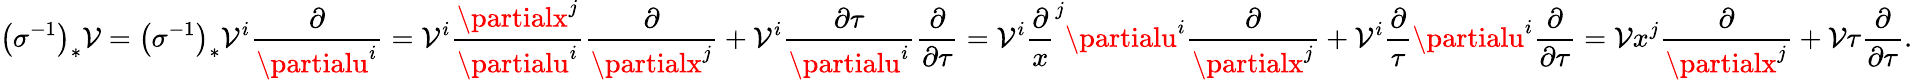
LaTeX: \left(\sigma^{-1}\right)_{*}\mathcal{V}=\left(\sigma^{-1}\right)_{*}\mathcal{V}^{i}{\frac{{\partial}}{{\partialu^{i}}}}=\mathcal{V}^{i}{\frac{{\partialx^{j}}}{{\partialu^{i}}}}{\frac{{\partial}}{{\partialx^{j}}}}+\mathcal{V}^{i}{\frac{{\partial\tau}}{{\partialu^{i}}}}{\frac{{\partial}}{{\partial\tau}}}=\mathcal{V}^{i}{\frac{{\partial}}{{x}}}^{j}{\partialu^{i}}{\frac{{\partial}}{{\partialx^{j}}}}+\mathcal{V}^{i}{\frac{{\partial}}{{\tau}}}{\partialu^{i}}{\frac{{\partial}}{{\partial\tau}}}=\mathcal{V}x^{j}{\frac{{\partial}}{{\partialx^{j}}}}+\mathcal{V}\tau{\frac{{\partial}}{{\partial\tau}}}.